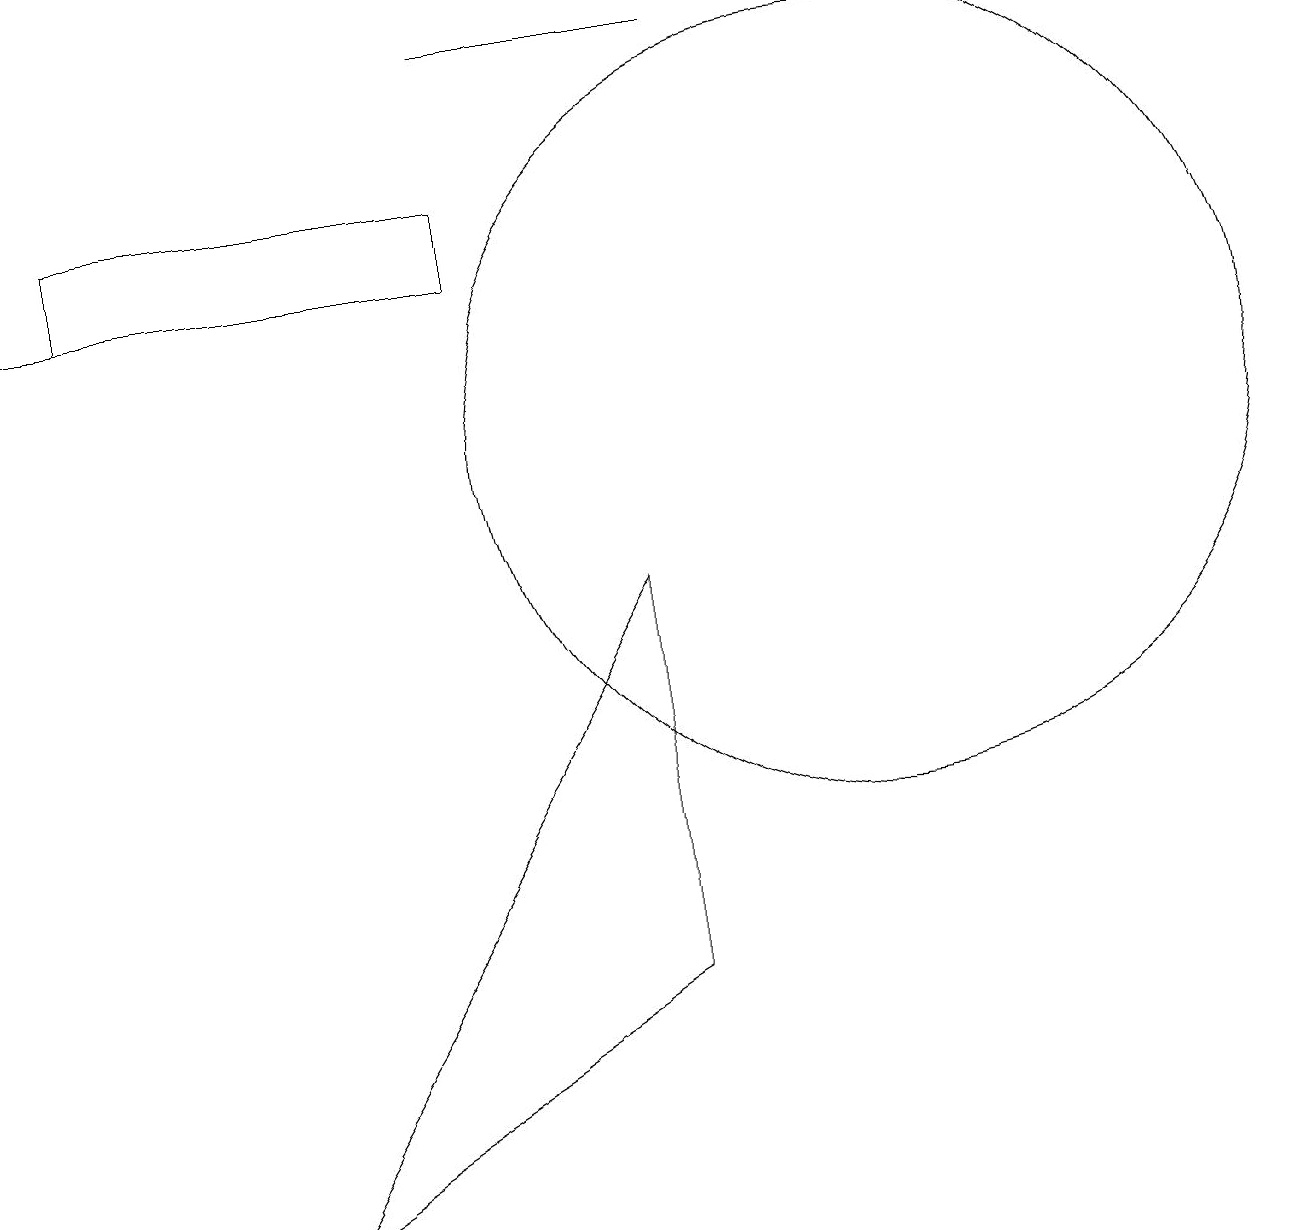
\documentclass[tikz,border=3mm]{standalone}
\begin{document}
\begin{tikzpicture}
\draw (8,4) -- (8,9) -- (3,1) -- cycle;
\draw (1,13) rectangle (6,14);
\draw[->] (6,13) -- (0,13);
\draw (11,11) circle (5);
\draw (9,16) rectangle (6,16);
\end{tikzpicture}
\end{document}